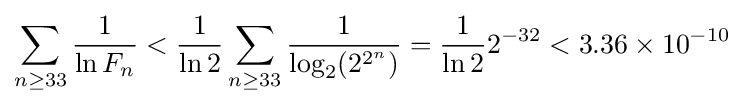
\sum _{n\geq 33}{\frac {1}{\ln F_{n}}}<{\frac {1}{\ln 2}}\sum _{n\geq 33}{\frac {1}{\log _{2}(2^{2^{n}})}}={\frac {1}{\ln 2}}2^{-32}<3.36\times 10^{-10}